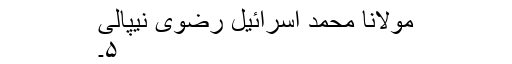
مولانا محمد اسرائیل رضوی نیپالی
۵۔